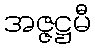
အဇ္ဇဋ္ဌမီ